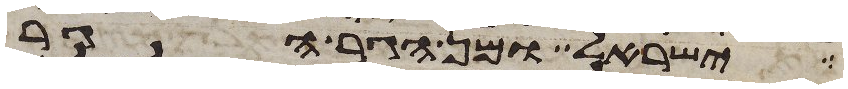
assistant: ישראל ומן הגר הגר